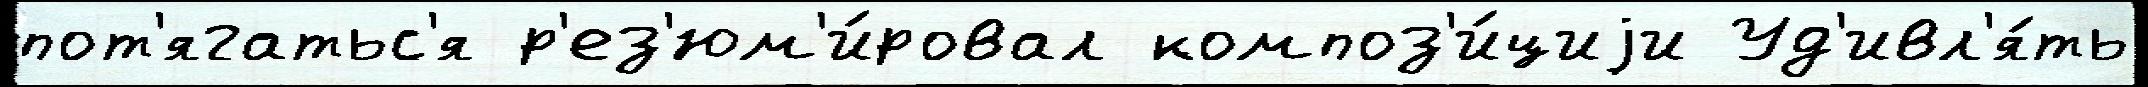
пот'ягатьс'я р'ез'юм'и́ровал композ'и́циjи Уд'ивл'я́ть